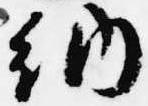
納